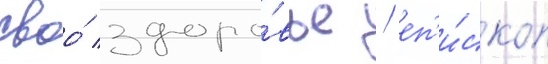
своо́ здоро́вье / еп'и́скоп